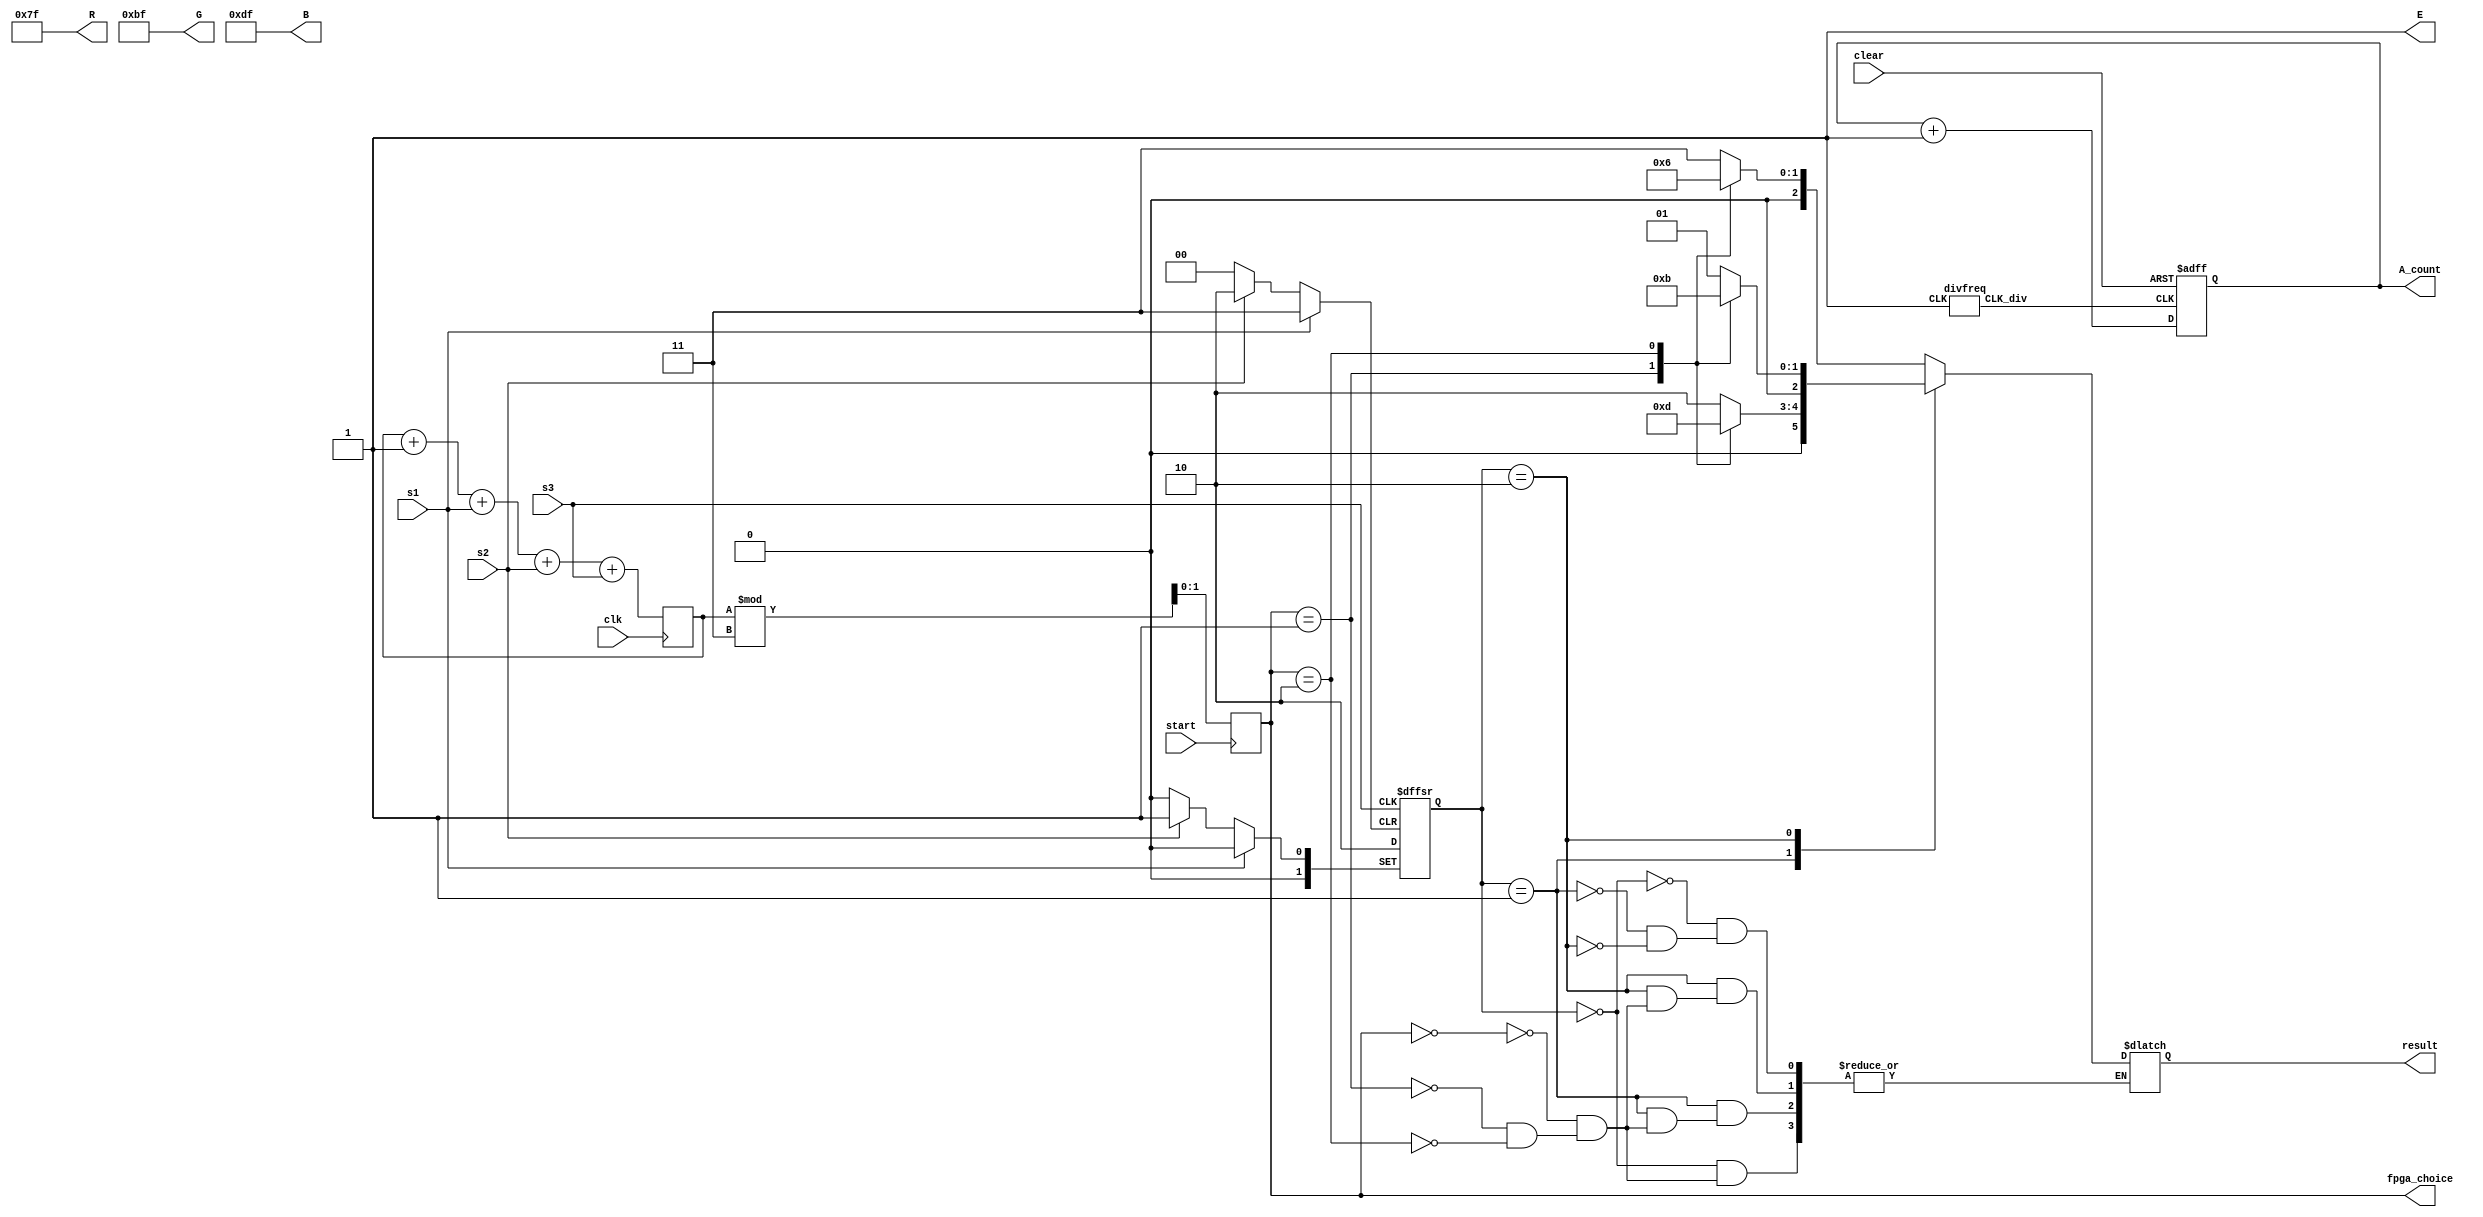
module project1 (
  input  start,clk,
  input  s1,s2,s3,  
  output reg [1:0]fpga_choice,
  output reg [2:0] result,
  output reg[2:0]A_count,
  output [7:0]R,G,B,
  output E,
  input clear
);
reg [7:0]random; //random
always@(posedge clk)
begin
	if(random>=231)random<=0;
	random<=random+1+s1+s2+s3;
end

parameter S0 = 2'b11, S1 = 2'b01, S2 = 2'b10;//,FPGA,
parameter U0 = 2'b00, U1 = 2'b01, U2 = 2'b10;// , , 
reg [1:0] user;
always @ (posedge start) begin
   if (start) begin
		fpga_choice= random % 3;
   end
end
always @ (posedge s1,posedge s2,posedge s3) begin
		  if(s1==1)
			user <=U0;
		  else if(s2==1)begin
			user <=U1;
		  end
	     else if(s3==1)begin
         user <=U2;
		  end
end	  
always @(user)begin
   case (user)
      U0: begin
         case (fpga_choice)
          0: result <= S0; // draw
          1: result <= S1; // fpga wins
          2: result <= S2; // user wins
          endcase
      end
      U1: begin
         case (fpga_choice)
          0: result =S2; // user wins
          1: result =S0; // draw
          2: result =S1; // fpga wins
          endcase
      end
      U2: begin
         case (fpga_choice)
          0: result =S1; // fpga wins
          1: result =S2; // user wins
          2: result =S0; // draw
          endcase
      end
   endcase		
end
	divfreq F0(CLK,CLK_div);
		assign E =1'b1;
		assign R =8'b01111111;
		assign G =8'b10111111;
		assign B =8'b11011111;
		always@(posedge CLK_div,posedge clear)
			if(clear)A_count <=3'b000;
			else A_count <= A_count+1'b1;
	endmodule
	module divfreq(input CLK, output reg CLK_div);
	reg [24:0] Count;
	always @(posedge CLK)
		begin
			if(Count > 25000)
			begin
				 Count <= 25'b0;
				 CLK_div <= ~CLK_div;
			end
			else
				Count <= Count + 1'b1;
			end
	endmodule